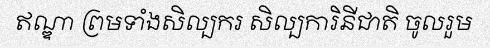
ឥណ្ឌា ព្រមទាំងសិល្បករ សិល្បការិនីជាតិ ចូលរួម